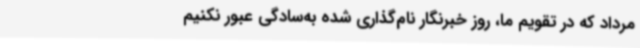
مرداد که در تقویم ما، روز خبرنگار نام‌گذاری شده به‌سادگی عبور نکنیم